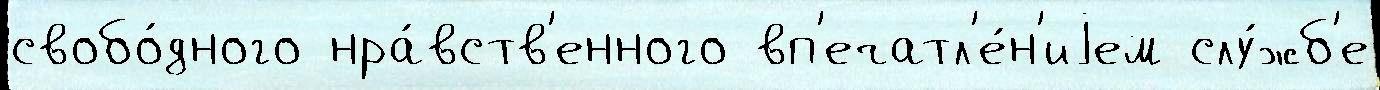
свобо́дного нра́вств'енного вп'ечатл'е́н'иjем слу́жб'е